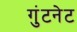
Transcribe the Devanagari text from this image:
गुंटनेट